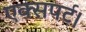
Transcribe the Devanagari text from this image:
एक्सपर्ट।